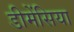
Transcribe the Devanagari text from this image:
डीमेंसिया